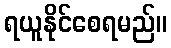
ရယူနိုင်စေရမည်။